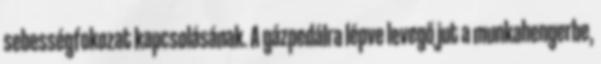
sebességfokozat kapcsolásának. A gázpedálra lépve levegő jut a munkahengerbe,